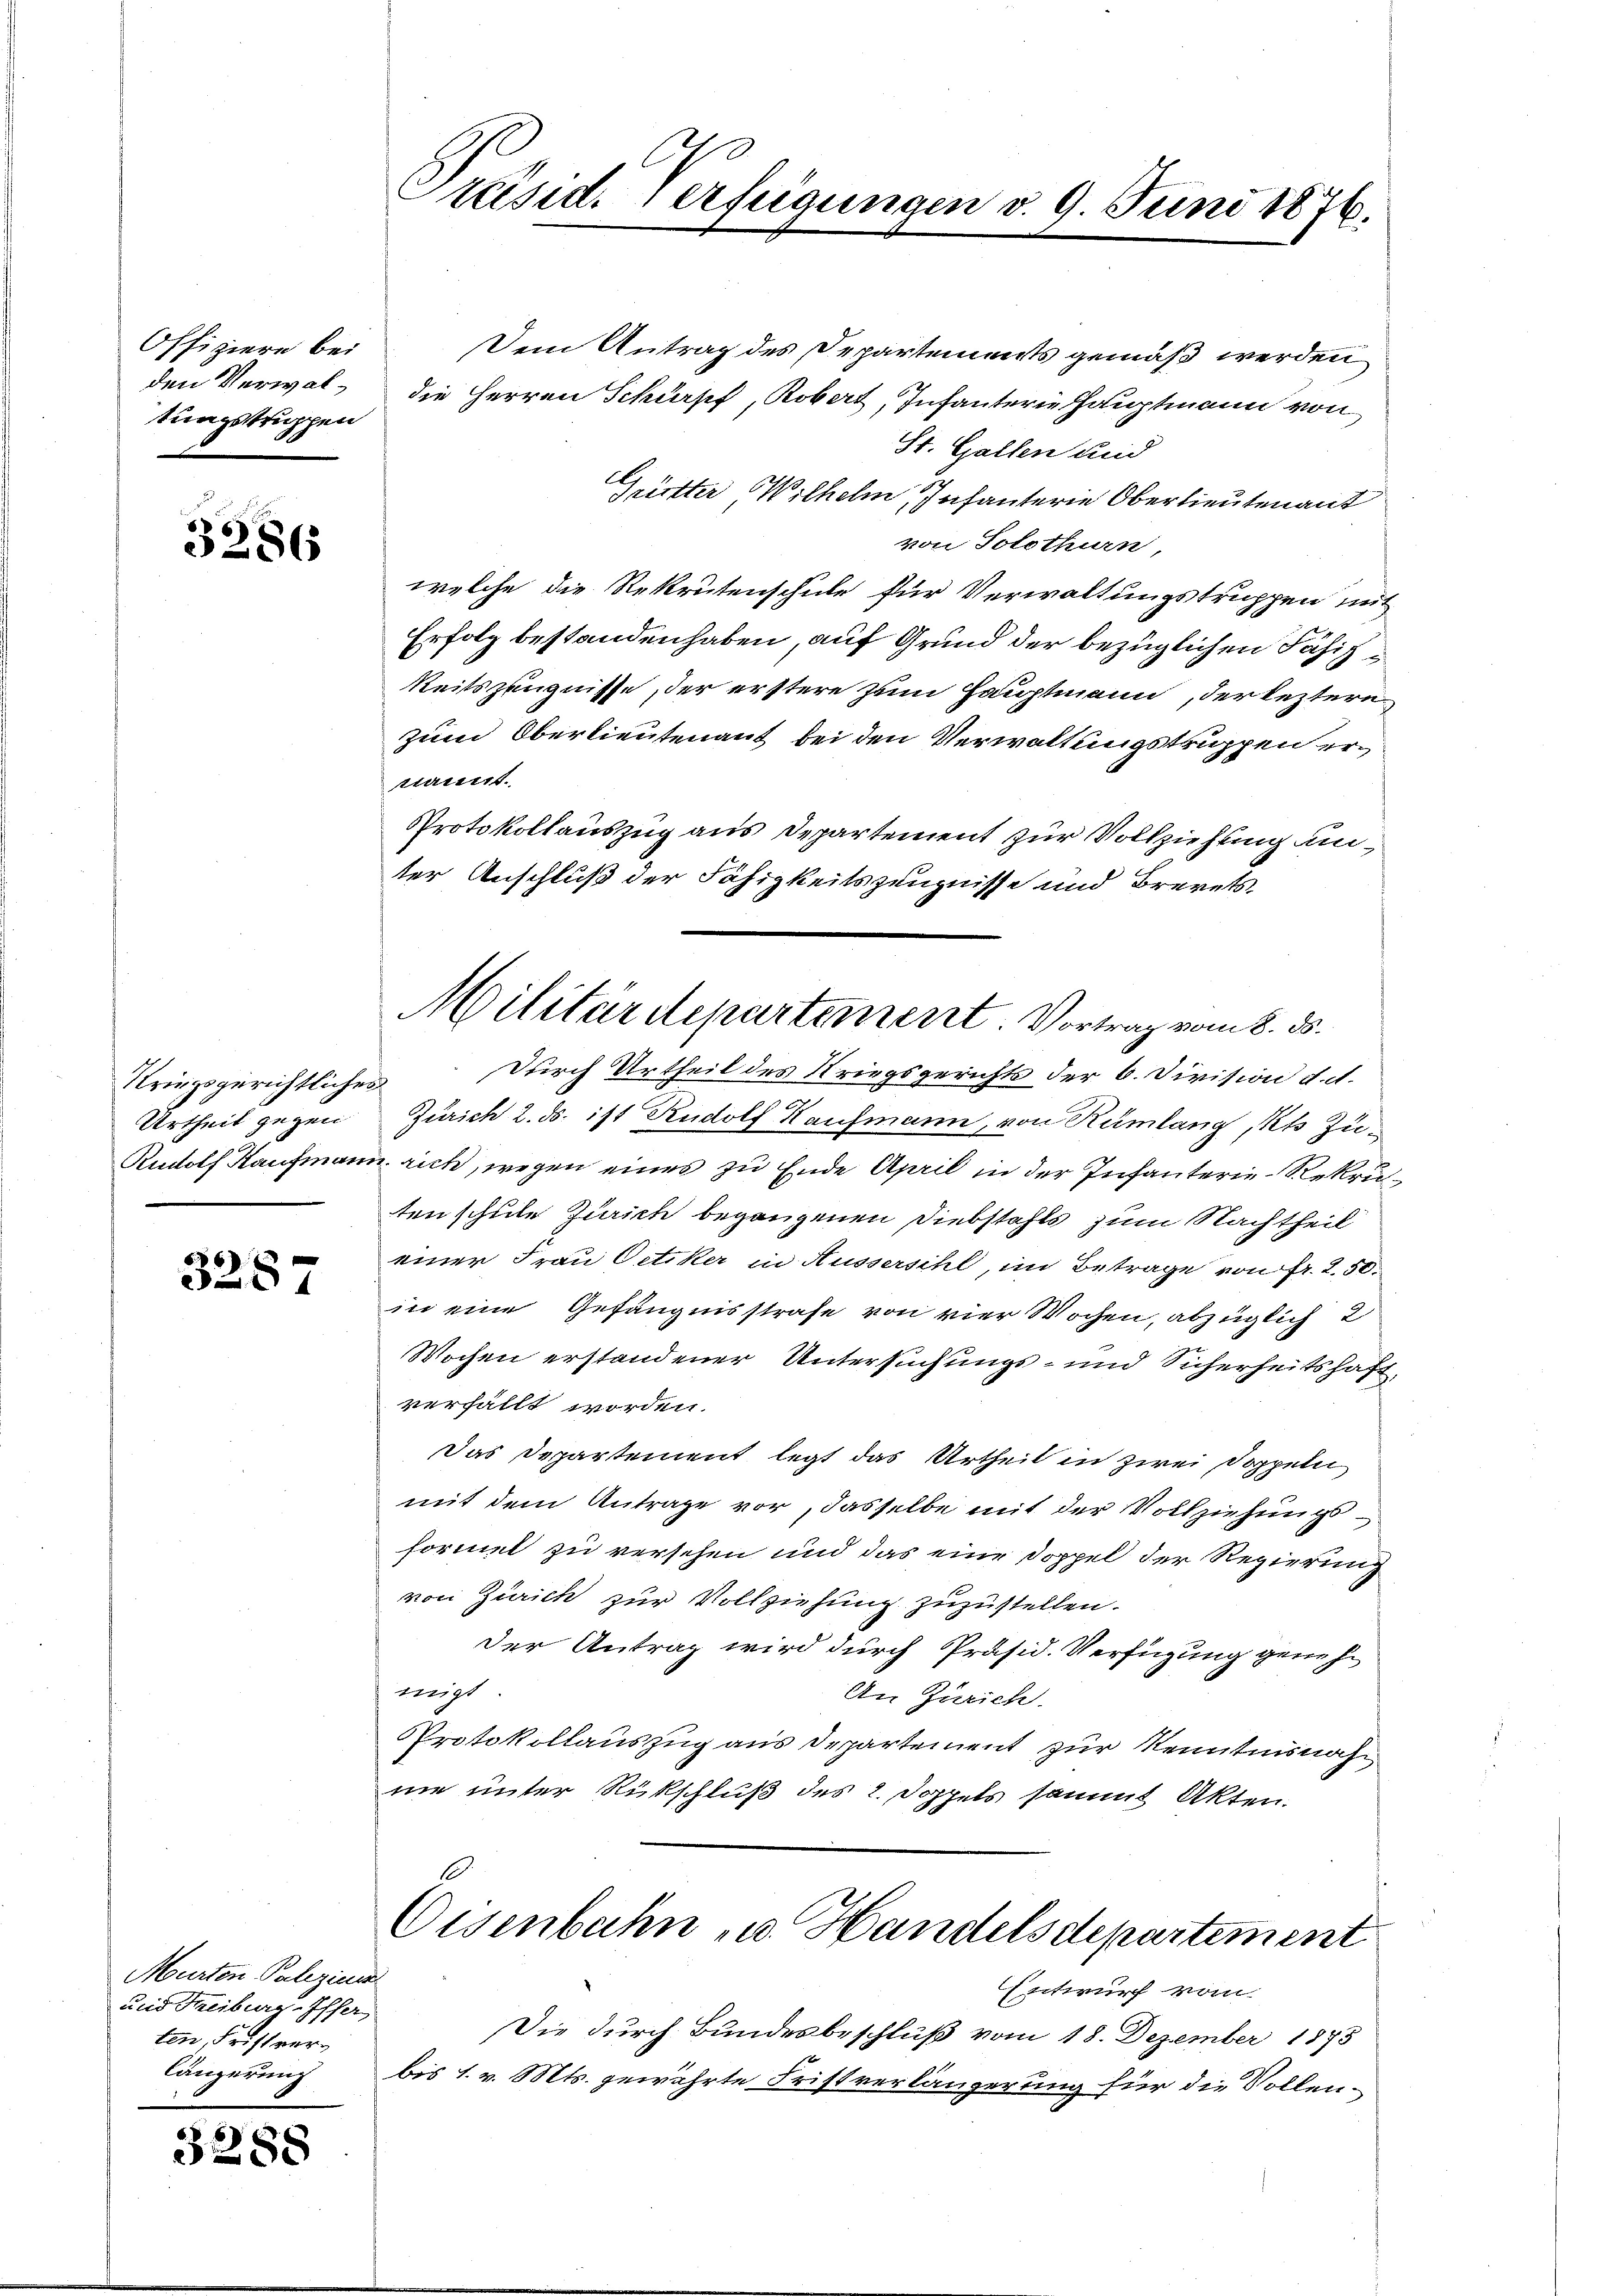
Offiziere bei
den Verwaltungstruppen

3286

Kriegsgerichtliches
Urtheil gegen
Rudolf Kaufmann

6
07

Murten Palezic
und Streiburg-Iffer
ten, Fristverlängerung

32

Präsid. Verfügungen d. 9. Juni 1876.

Dem Antrag des Departements gemäß werden
die Herren Schurpf, Robert, Infanterie Hauptmann von
St. Gallen und
Gürtter Wilhelm Infanterie Oberlieutenant
von Solothurn,
welche die Rekrutenschule für Verwaltungstruppen mit
Erfolg bestanden haben, auf Grund der bezüglichen Fähig¬
Reitszeugnisse, der erstere zum Hauptmann, der leztern
zum Oberlieutenant bei den Verwaltungstruppen erttant.
Protokollauszug aus Departement zur Vollziehung unter Anschluß der Fähigkeitszeugnisse und Brevets¬
Durch Urtheil des Kriegsgerichts der 6. Division d. d.
¬
n
Zürich 2. ds. ist Rudolf Kaufmann, von Rümlang, Kts Zu¬
u. rich, wegen eines zu Ende April in der Infanterie-Rekrutenschule Zürich begangenen Diebstahls zum Nachtheil
einer Frau Oetiker in Aussersihl, im Betrage von fr. 250.
in eine Gefängnisstrafe von vier Wochen, abzüglich 2
Wochen erstandener Untersuchungs- und Sicherheitshaft,
verfällt worden.
Das Departement legt das Urtheil in zwei Doppeln
mit dem Antrage vor, dasselbe mit der Vollziehungsformet zu versehen und das eine Doppel der Regierung
von Zürich zur Vollziehung zuzustellen.
der Antrag wird durch Präsid. Verfügung genehmigt.
An Zürich.
Protokollauszug aus Departement zur Kenntnisnahnie unter Rückschluß des 2. Doppels sammt Akten.
Eisenbahn u. Handelsdepartement
Entwurf vom
Die durch Bundesbeschluß vom 18. Dezember 1875
bis 1. v. Mts. gewährte Fristverlängerung für die Sollen¬

Militärdepartement. Vortrag vom 8. ds.